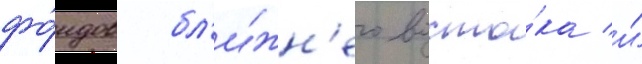
фо́ндов бл'и́жн'его восто́ка и́